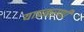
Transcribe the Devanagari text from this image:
याप्रकऱणी